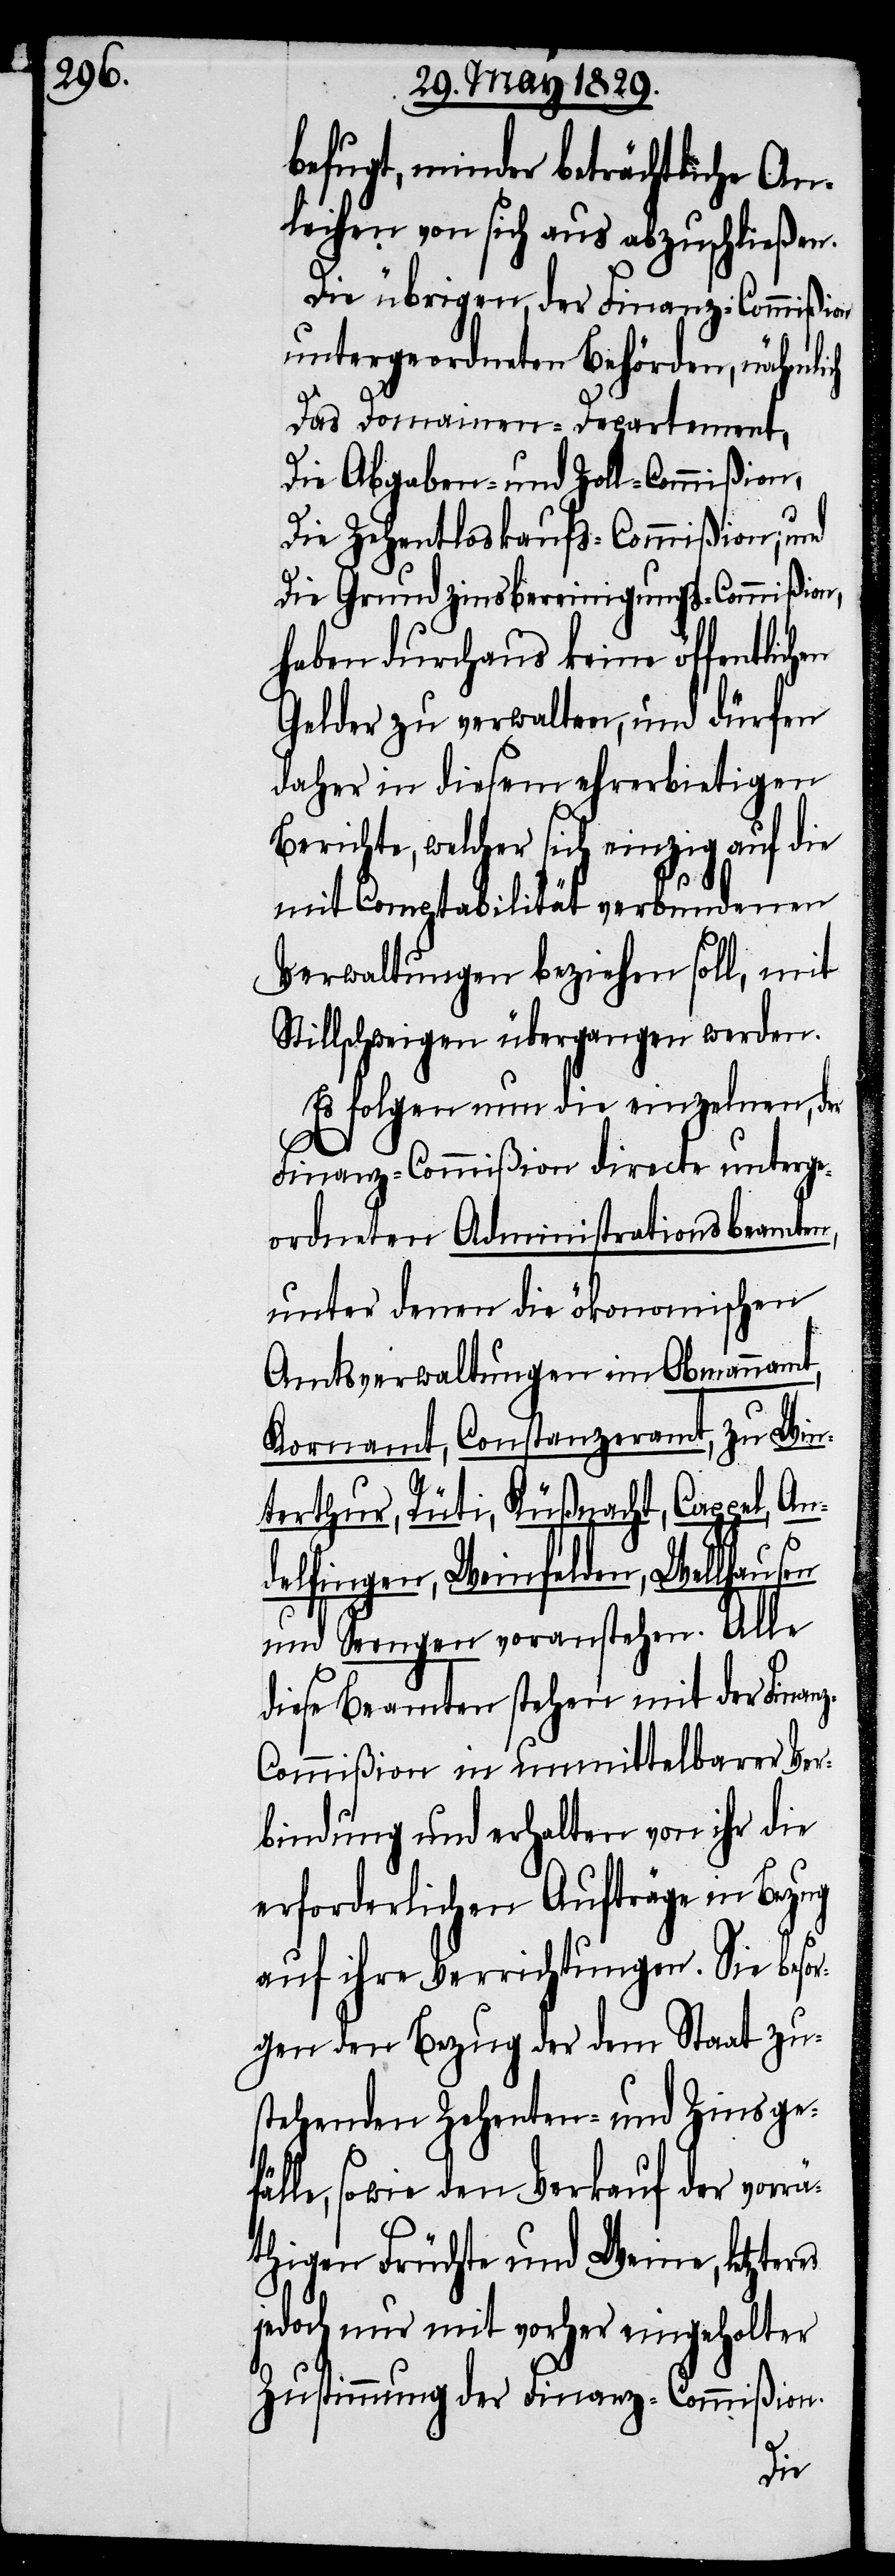
befugt, minder beträchtliche An¬
leihen von sich aus abzuschließen.
Die übrigen, der Finanz-Commißion
untergeordneten Behörden, nähmlich
Das Domainen-Departement,
Die Abgaben- und Zoll-Commißion,
Die Zehentloskaufs-Commißion; und
Die Grundzinsbereinigungs-Commißion,
haben durchaus keine öffentlichen
Gelder zu verwalten, und dürfen
daher in diesem ehrerbietigen
Berichte, welcher sich einzig auf die
mit Comptabilität verbundenen
Verwaltungen beziehen soll, mit
Stillschweigen übergangen werden.
Es folgen nun die einzelnen, der
Finanz-Commißion directe unterge¬
ordneten Administrationsbeamten,
unter denen die ökonomische
Amtsverwaltung im Obmannamt,
Kornamt, Constanzeramt, zu Win¬
terthur, Rüti, Küßnacht, Cappel, An¬
delfingen, Weinfelden, Wellhausen
und Seengen voranstehen. Alle
diese Beamten stehen mit der Finan¬
z-Commißion in unmittelbarer Ver¬
bindung und erhalten von ihr die
erforderlichen Aufträge in Bezug
auf ihre Verrichtungen. Sie besor¬
gen den Bezug der dem Staats zu¬
stehenden Zehenten- und Zinsgefä¬
lle, sowie den Verkauf der vorr¬
äthigen Früchte und Weine, letzter¬
jedoch nur mit vorher eingeholter
Zustimmung der Finanz-Commißion.
es